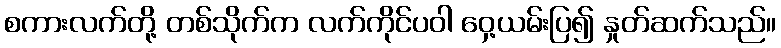
စကားလက်တို့ တစ်သိုက်က လက်ကိုင်ပဝါ ဝှေ့ယမ်းပြ၍ နှုတ်ဆက်သည်။